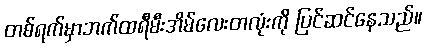
တစ်ရက်မှာဘက်ထရီမီးအိမ်လေးတလုံးကို ပြင်ဆင်နေသည်။